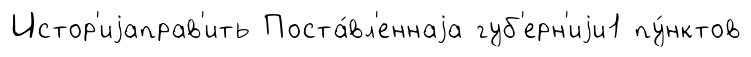
Истор'иjаправ'ить Поста́вл'еннаjа губ'ерн'иjи1 пу́нктов